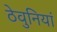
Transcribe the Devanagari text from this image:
ठेवुनियां